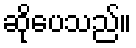
ဆိုပေသည်။